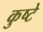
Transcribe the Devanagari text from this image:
कुष्टे